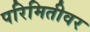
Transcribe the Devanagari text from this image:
परिमितीवर